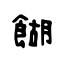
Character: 餬